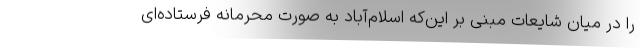
را در میان شایعات مبنی بر این‌که اسلام‌آباد به صورت محرمانه فرستاده‌ای